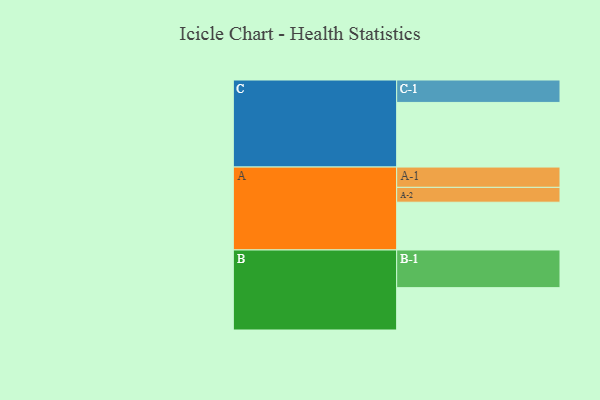
{"axis": {"x": "Segment", "y": "Value"}, "legend": ["", "A", "B", "C"], "data": [{"x": "A", "y": 360, "type": ""}, {"x": "B", "y": 319, "type": ""}, {"x": "C", "y": 487, "type": ""}, {"x": "A-1", "y": 153, "type": "A"}, {"x": "A-2", "y": 112, "type": "A"}, {"x": "B-1", "y": 284, "type": "B"}, {"x": "C-1", "y": 169, "type": "C"}]}